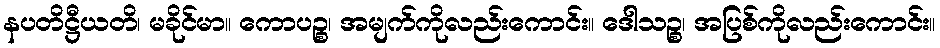
နပတိဋ္ဌီယတိ၊ မခိုင်မာ။ ကောပဉ္စ၊ အမျက်ကိုလည်းကောင်း။ ဒေါသဉ္စ၊ အပြစ်ကိုလည်းကောင်း။